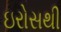
ઇરોસથી